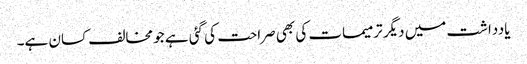
یادداشت میں دیگر ترمیمات کی بھی صراحت کی گئی ہے جو مخالف کسان ہے۔